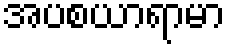
အပစယာရာမာ